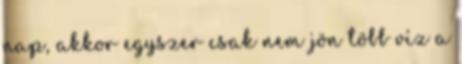
nap, akkor egyszer csak nem jön több víz a